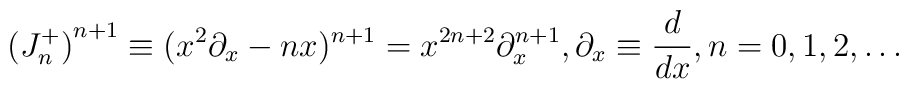
{(J^+_n)}^{n+1} \equiv (x^2 \partial_x - n x)^{n+1} =x^{2n+2}\partial_x^{n+1} , \partial_x \equiv {d \over dx}, n=0,1,2,\ldots